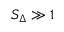
S _ { \Delta } \gg 1